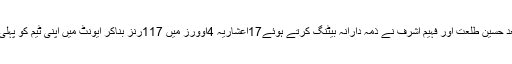
لیکن اس کے بعد حسین طلعت اور فہیم اشرف نے ذمہ دارانہ بیٹنگ کرتے ہوئے17اعشاریہ 4اوورز میں 117رنز بناکر ایونٹ میں اپنی ٹیم کو پہلی کامیابی دلادی۔